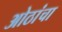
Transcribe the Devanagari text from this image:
ओठांचा